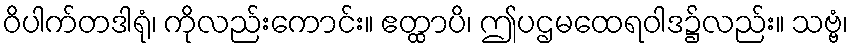
ဝိပါက်တဒါရုံ၊ ကိုလည်းကောင်း။ ဧတ္ထာပိ၊ ဤပဌမထေရဝါဒ၌လည်း။ သဗ္ဗံ၊